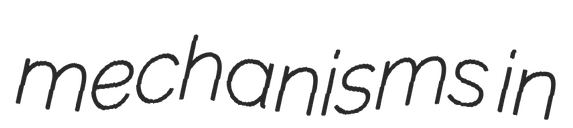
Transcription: mechanisms in